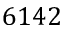
6 1 4 2